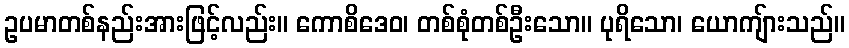
ဥပမာတစ်နည်းအားဖြင့်လည်း။ ကောစိဒေဝ၊ တစ်စုံတစ်ဦးသော။ ပုရိသော၊ ယောကျ်ားသည်။